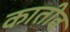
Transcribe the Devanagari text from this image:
कातीव